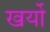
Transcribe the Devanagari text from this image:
खर्यो